Annual statistical returns and brief notes on vaccination in Bengal - 1896-1909
Year: 1896
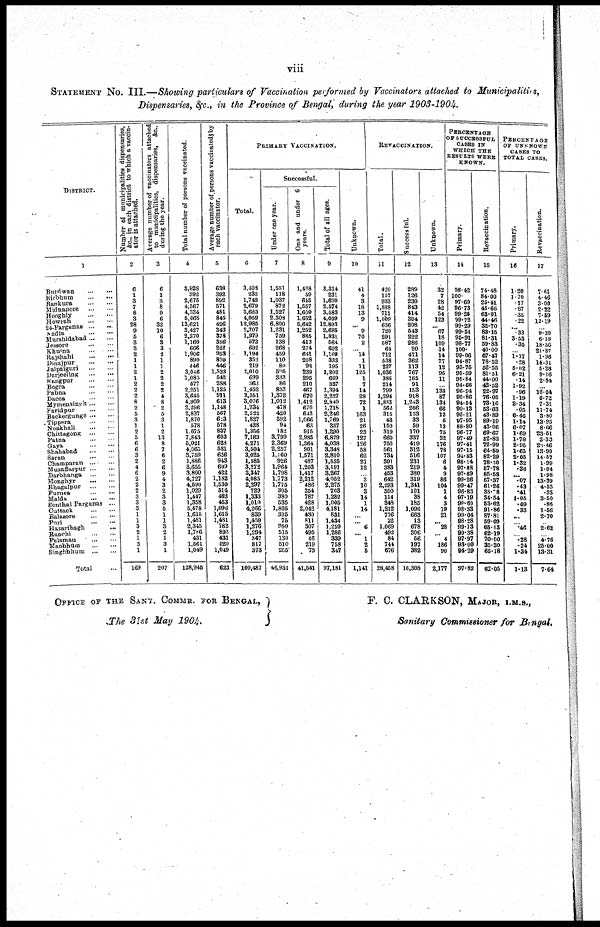
viii
STATEMENT No. III.—Showing particulars of Vaccination performed by Vaccinators attached to Municipalities,
Dispensaries, &c., in the Province of Bengal, during the year 1903-1904.
DISTRICT.
1
Burdwan
...
...
Birbhum
...
...
Bankura
...
...
Midnapore
...
...
Hooghly
...
...
Howrah
...
...
24-Parganas
...
Nadia
...
...
...
Murshidabad ... ...
Jeseore
...
...
Khulna
...
...
Rajshahi
...
...
Dinajpur
...
...
Jalpaiguri
...
...
Darjeeling
...
...
Rangpur
...
...
Bogra
...
...
Pabna
...
...
Dacca ... ...
Mymensingh
Faridpur ... ...
Backergunge ... ...
Tippera
...
...
Noakhali ... ...
Chittagong
...
...
Patna
...
...
Gaya
...
...
Shahabad
...
...
Saran
...
...
Champaran
...
...
Muzaffarpur
...
...
Darbhanga
...
...
Monghyr
...
...
Bhagalpur
...
...
Purnea
...
...
Malda
...
...
Sonthal Parganas ...
Cuttack
...
...
Balasore ... ...
Puri
...
...
Hazaribagh ...
Ranchi
...
...
Palamau
...
...
Manbhum
...
...
Singhbhum
...
...
Total ...
Number of municipalities dispensaries,
&c.,
in each district to which a vaccin-
ator is attached.
2
6
1
3
7
8
3
28
9
6
3
3
2
1
1
2
1
2
2
2
8
2
5
3
1
2
5
6
6
3
2
4
6
2
2
2
3
3
3
1
1
3
2
1
3
1
169
Average number of vaccinators attached
to municipalities, dispensaries, &c.,
during the year.
3
6
1
3
8
9
6
32
10
6
3
3
2
1
1
2
2
2
2
4
8
2
5
3
1
2
13
8
7
6
2
6
9
4
3
2
3
3
5
1
1
3
2
1
3
1
207
Total number of persons vaccinated.
4
3,828
392
2,675
4,567
4,334
5,068
13,621
3,427
2,270
1,160
666
1,906
890
446
3,046
1,082
677
2,251
3,645
4,909
2,296
2,837
1,870
578
1,675
7,843
5,021
4,065
3,759
1,886
3,655
3,800
4,727
4,590
1,029
1,447
1,358
5,478
1,615
1,481
2,345
1,786
431
1,561
1,049
128,945
Average number of persons vaccinated by
each vaccinator.
6
636
392
892
571
481
845
426
343
378
386
222
953
890
446
1,523
542
288
1,125
911
613
1,148
567
623
578
837
603
628
581
626
943
609
422
1,182
1,530
514
482
453
1,096
1,615
1,481
782
893
431
520
1,049
623
PRIMARY VACCINATION.
Total.
6
3,408
235
1,742
2,679
3,623
4,059
12,985
2,707
1,979
573
602
1,194
352
219
2,010
699
363
1,452
2,361
3,076
1,734
2,522
1,827
428
1,356
7,183
4,271
3,504
3,025
1,585
3,272
3,347
4,085
2,297
729
1,333
1,010
4,266
839
1,459
1,276
1,294
847
817
373
100,487
Successful.
Under one year.
7
1,551
118
1,037
872
1,527
2,308
6,800
1.231
759
138
268
459
110
80
595
333
86
833
1,372
1,012
478
420
592
94
182
3,799
2,369
2,257
1,160
926
1,964
1,798
1,773
1,776
306
380
535
1,805
395
76
950
516
130
510
255
46,931
One and under 6
years.
8
1,438
59
645
1,557
1,609
1,652
5,642
1,252
885
413
274
641
208
98
239
295
210
467
670
1,412
670
643
1,066
63
915
2,985
1,364
901
1,571
487
1,203
1,417
2,212
486
254
787
428
2,042
430
811
307
495
46
219
73
41,541
Total of all ages.
9
3,314
231
1,699
2,574
3,583
4,039
12,893
2,685
1,831
564
602
1,169
333
195
1,802
669
337
1,394
2,227
2,840
1,718
2,246
1,769
357
1,290
6,879
4,038
3,348
2,810
1,535
3,191
3,267
4,052
2,275
703
1,282
1,005
4181
831
1,434
1,259
1,286
339
758
347
97,181
Unknown.
10
41
4
3
18
13
9
... 9
70
2
...
14
1
11
125
1
7
14
28
72
1
163
21
26
23
127
126
58
62
21
12
...
3
10
3
14
1
14
...
... 6
... 1
2
5
1,141
REVACCINATION.
Total.
11
420
157
933
1,888
711
1,009
636
720
291
587
64
712
538
227
1,036
386
214
799
1,294
1,833
562
315
43
150
319
660
750
561
734
301
383
463
642
2,293
300
114
343
1,212
776
22
1,069
492
84
744
676
28,458
Successful.
12
289
126
230
843
414
394
208
543
222
286
20
471
362
113
767
165
91
163
918
1,243
266
133
33
59
170
337
419
312
516
231
219
380
319
1,341
101
38
185
1,096
663
13
678
306
66
197
382
16,308
Unknown.
13
32
7
28
42
54
123
... 67
18
109
14
14
77
12
96
11
...
133
87
134
66
12
6
13
76
22
176
78
107
6
4
9
86
104
1
4
3
19
21
... 28
... 4
186
90
2,177
PERCENTAGE
OF SUCCESSFUL
CASES IN
WHICH THE
RESULTS WERE
KWOWN.
Primary.
14
98.42
100.
97.69
96.73
99.26
99.72
99.29
99.51
95.91
98.77
100.
99.06
94.87
93.75
95.59
95.84
94.66
96.94
95.86
94.54
99.13
95.21
97.95
88.80
96.77
97.49
97.41
97.15
94.83
98.14
97.88
97.69
99.26
99.47
96.83
97.19
99.60
98.33
99.04
98.28
99.13
99.38
97.97
93.00
94.29
97.82
Revaccication.
15
74.48
84.00
25.41
45.66
63.01
44.46
32.70
83.15
81.31
59.83
40.00
67.47
78.52
52.55
81.51
44.00
42.62
22.97
76.05
73.16
53.63
43.89
89.19
43.06
69.67
52.82
72.99
64.59
82.29
78.30
57.78
85.58
57.37
61.26
33.78
34.64
53.62
91.86
87.81
59.09
65.13
62.19
70.00
35.30
65.18
62.05
PERCENTAGE
OP UNKNOWN
CASES TO
TOTAL CASES.
Primary.
16
1.20
1.70
.17
.67
.35
.22
...
.33
3.53
.35
...
1.17
.28
5.02
6.21
.14
1.92
.96
1.19
2.34
.05
6.46
1.14
6.07
1.69
1.78
2.96
1.65
2.05
1.32
.36
...
.07
.43
.41
1.05
.09
.33
...
...
.46
...
.28
.24
1.34
1.13
Revaccination.
17
7.61
4.46
3.00
2.22
7.59
12.19
...
9.30
6.18
18.56
21.87
1.96
14.31
5.28
9.16
2.84
...
16.04
6.72
7.31
11.74
3.80
13.95
8.66
23.51
3.33
23.46
13.90
14.57
1.99
1.04
1.98
13.39
4.53
.33
3.50
.86
1.56
2.70
...
2.62
...
4.76
25.00
13.31
7.64
OFFICE OF THE SANY. COMMR. FOR BENGAL,
The 31st May 1904.
F. C. CLARKSON, MAJOR, I.M.S.,
Sanitary Commissioner for Bengal.